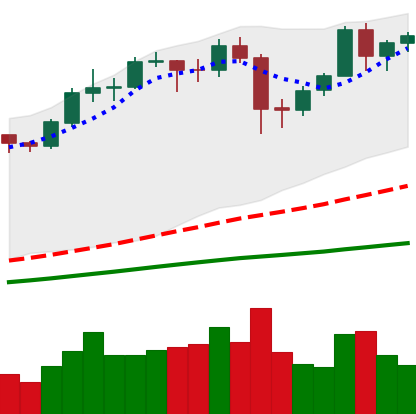
Ticker: BTC-USD
Chart end date: 2020-12-03
Forward return: -5.782%
Label: down_5_7